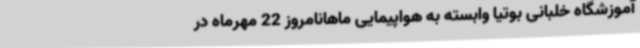
آموزشگاه خلبانی بوتیا وابسته به هواپیمایی ماهانامروز 22 مهرماه در